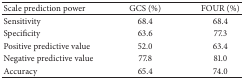
<table><thead><tr><td><b>Scale prediction power</b></td><td><b>GCS (%)</b></td><td><b>FOUR (%)</b></td></tr></thead><tbody><tr><td>Sensitivity</td><td>68.4</td><td>68.4</td></tr><tr><td>Specificity</td><td>63.6</td><td>77.3</td></tr><tr><td>Positive predictive value</td><td>52.0</td><td>63.4</td></tr><tr><td>Negative predictive value</td><td>77.8</td><td>81.0</td></tr><tr><td>Accuracy</td><td>65.4</td><td>74.0</td></tr></tbody></table>